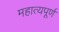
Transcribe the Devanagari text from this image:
महात्यपूर्ण